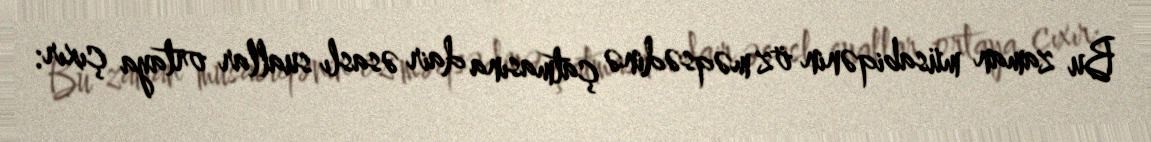
Bu zaman müsabiqənin öz məqsədinə çatmasına dair əsaslı suallar ortaya çıxır: